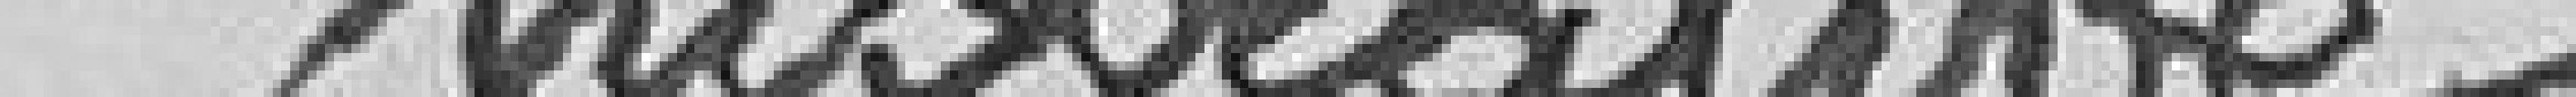
nistrative